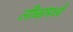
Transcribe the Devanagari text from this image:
लीळांमध्ये